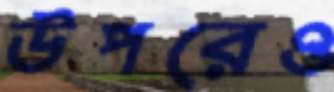
উপরেও